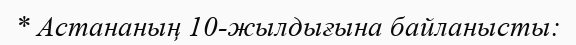
* Астананың 10-жылдығына байланысты: